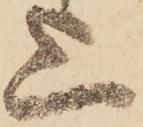
上